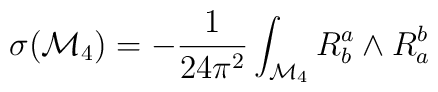
\sigma ({\cal M}_{4})= - \frac{1}{24 \pi^{2}}\int_{{\cal M}_{4}} R^{a}_{b}\wedge R^{b}_{a}